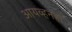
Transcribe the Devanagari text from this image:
आयव्हनहो